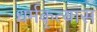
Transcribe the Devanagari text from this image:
धर्मकृत्यास